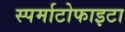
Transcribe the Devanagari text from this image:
स्पर्माटोफाइटा